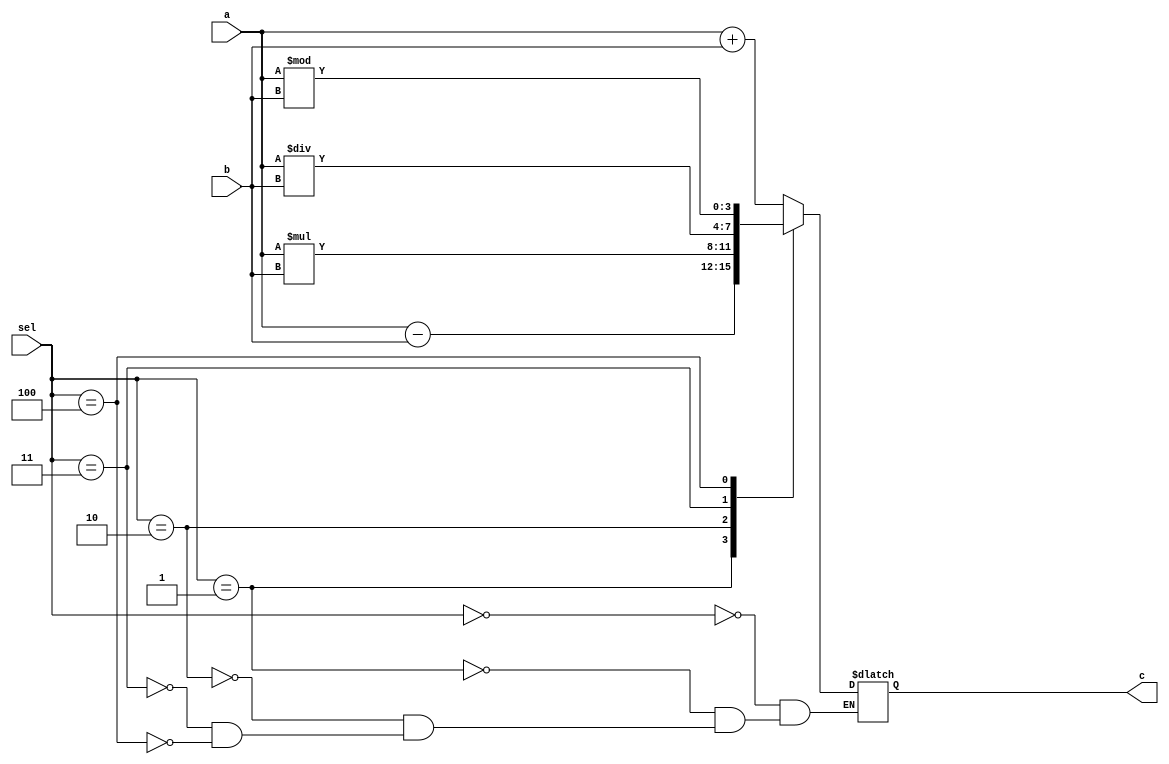
// Description: 4-bit ALU that does addition, subtraction, multiplication, division, and modulus

module ALU_bhv (a, b, sel, c);

	input [3:0] a;
	input [3:0] b;
	input [2:0] sel;
	output [3:0] c;

	wire [3:0] a;
	wire [3:0] b;
	wire [2:0] sel;
	reg [3:0] c;
	
always @(a or b or sel)
  case (sel)
        0: c = a + b;
        1: c = a - b;
        2: c = a * b;
        3: c = a / b;
        4: c = a % b;
      endcase

endmodule